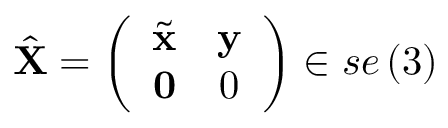
\hat { \mathbf { X } } = \left( \begin{array} { c c } { \tilde { \mathbf { x } } } & { \mathbf { y } } \\ { \mathbf { 0 } } & { 0 } \end{array} \right) \in s e \left( 3 \right)